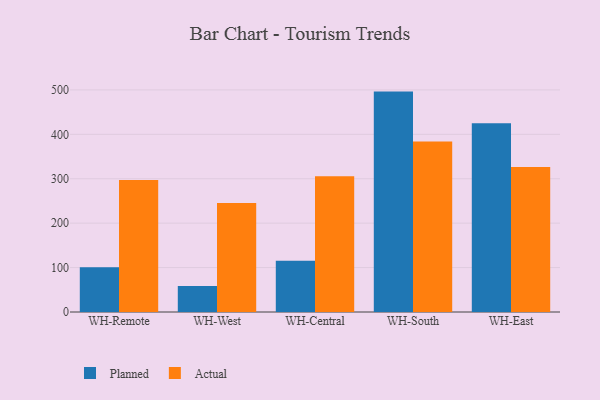
{"axis": {"x": "Warehouse", "y": "Page Views"}, "legend": ["Actual", "Planned"], "data": [{"x": "WH-Remote", "y": 100.6, "type": "Planned"}, {"x": "WH-Remote", "y": 297.2, "type": "Actual"}, {"x": "WH-West", "y": 58.8, "type": "Planned"}, {"x": "WH-West", "y": 245.4, "type": "Actual"}, {"x": "WH-Central", "y": 115.3, "type": "Planned"}, {"x": "WH-Central", "y": 305.5, "type": "Actual"}, {"x": "WH-South", "y": 496.2, "type": "Planned"}, {"x": "WH-South", "y": 383.6, "type": "Actual"}, {"x": "WH-East", "y": 424.7, "type": "Planned"}, {"x": "WH-East", "y": 326.4, "type": "Actual"}]}